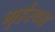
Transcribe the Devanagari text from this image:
गृर्हस्थ्य